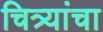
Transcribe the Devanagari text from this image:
चित्र्यांचा